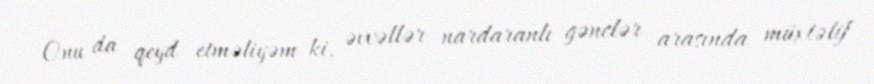
Onu da qeyd etməliyəm ki, əvvəllər nardaranlı gənclər arasında müxtəlif